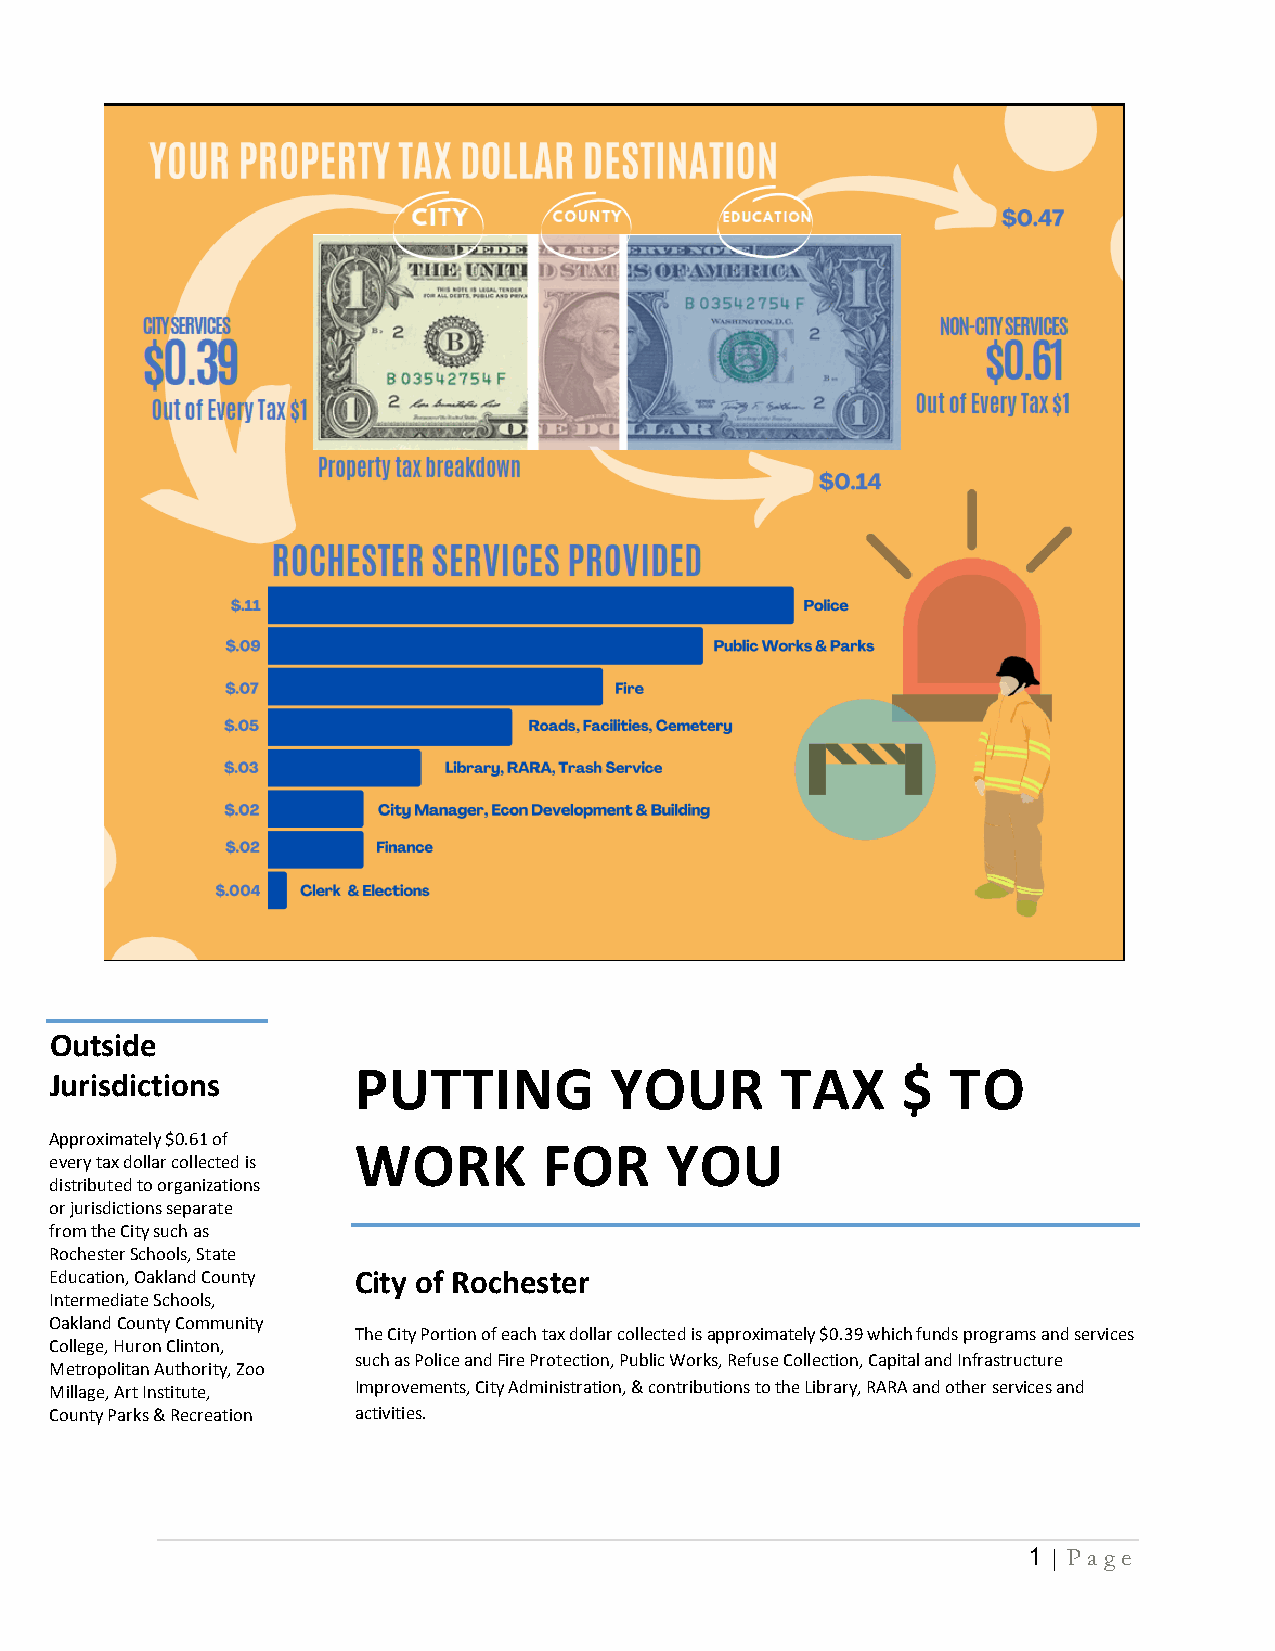
Outside
 PUTTING          YOUR        TAX     $  TO
 Jurisdictions
 Approximately $0.61 of
 WORK         FOR     YOU
 every tax dollar collected is
 distributed to organizations
 or jurisdictions separate
 from the City such as
 Rochester Schools, State
 Education, Oakland County City of Rochester
 Intermediate Schools,
 Oakland County Community
 The City Portion of each tax dollar collected is approximately $0.39 which funds programs and services
 College, Huron Clinton,
 such as Police and Fire Protection, Public Works, Refuse Collection, Capital and Infrastructure
 Metropolitan Authority, Zoo
 Millage, Art Institute, Improvements, City Administration, & contributions to the Library, RARA and other services and
 County Parks & Recreation activities.
 1 | Pa g e